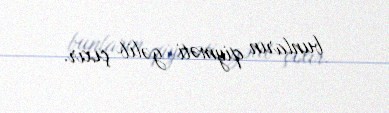
bunların qiyməti gəlib çıxır.